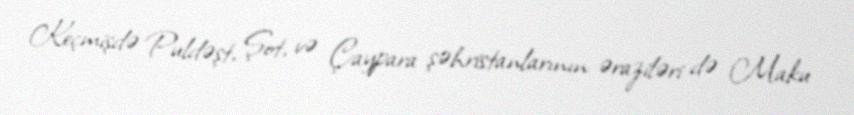
Keçmişdə Puldəşt, Şot, və Çaypara şəhristanlarının əraziləri də Maku